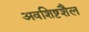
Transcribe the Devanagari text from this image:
अवशिष्टशैल